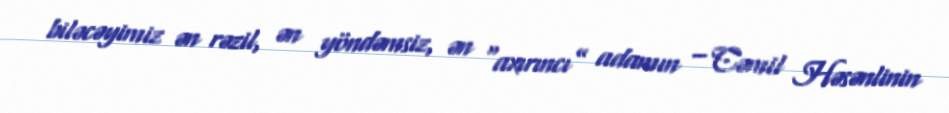
biləcəyimiz ən rəzil, ən yöndəmsiz, ən “axırıncı” adamın – Cəmil Həsənlinin